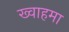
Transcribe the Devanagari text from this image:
ख्वाहमा